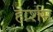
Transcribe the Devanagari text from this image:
हार्शम